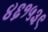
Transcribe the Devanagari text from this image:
४६१५३९